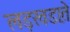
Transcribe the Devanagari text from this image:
लड़खडा़ते